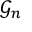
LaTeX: { \mathcal { G } } _ { n }